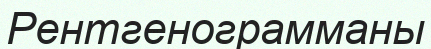
Рентгенограмманы